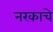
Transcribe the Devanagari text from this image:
नरकाचे